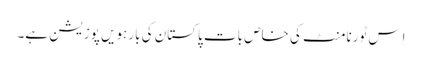
اِس ٹورنامنٹ کی خاص بات پاکستان کی بارہویں پوزیشن ہے۔